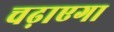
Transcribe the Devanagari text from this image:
चढ़ाएगा